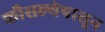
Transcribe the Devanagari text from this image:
कौसल्येपासून